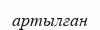
артылған